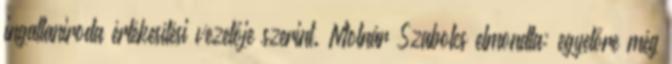
ingatlaniroda értékesítési vezetője szerint. Molnár Szabolcs elmondta: egyelőre még